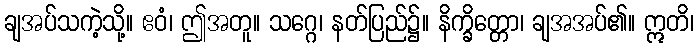
ချအပ်သကဲ့သို့။ ဧဝံ၊ ဤအတူ။ သဂ္ဂေ၊ နတ်ပြည်၌။ နိက္ခိတ္တော၊ ချအအပ်၏။ ဣတိ၊